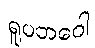
ရူပဘဝေါ